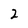
Character: 2